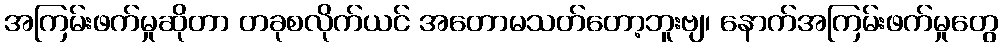
အကြမ်းဖက်မှုဆိုတာ တခုစလိုက်ယင် အတောမသတ်တော့ဘူးဗျ၊ နောက်အကြမ်းဖက်မှုတွေ